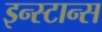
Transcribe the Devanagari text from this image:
इन्स्टान्स